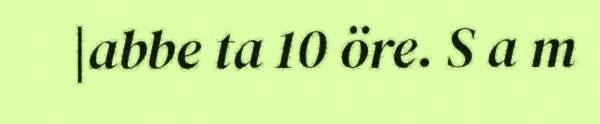
|abbe ta 10 öre. S a m